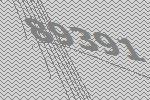
89391